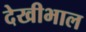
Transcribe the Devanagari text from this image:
देखीभाल